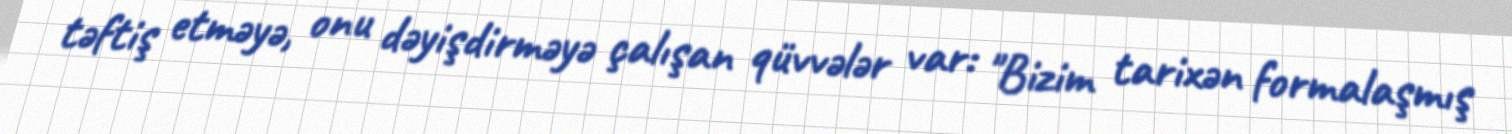
təftiş etməyə, onu dəyişdirməyə çalışan qüvvələr var: "Bizim tarixən formalaşmış